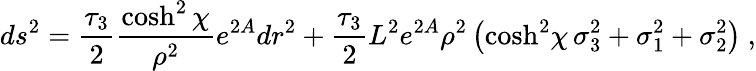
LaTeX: ds^{2}={\frac{\tau_{3}}{2}}{\frac{\cosh^{2}\chi}{\rho^{2}}}e^{2A}dr^{2}+{\frac{\tau_{3}}{2}}{L^{2}}{e^{2A}}\rho^{2}\left({\cosh^{2}\! \chi}\, \sigma_{3}^{2}+\sigma_{1}^{2}+\sigma_{2}^{2}\right)\ ,